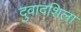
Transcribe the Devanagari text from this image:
दुवादशिला